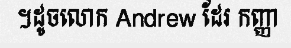
។ដូចលោក Andrew ដែរ កញ្ញា